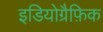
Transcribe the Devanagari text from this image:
इडियोग्रैफ़िक